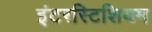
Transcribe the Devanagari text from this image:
इंटरस्टिशियम